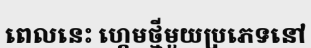
ពេលនេះ ហ្គេមថ្មីមួយប្រភេទនៅ